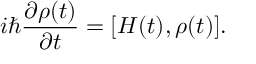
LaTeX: i { \hbar } \frac { \partial \rho ( t ) } { \partial t } = [ H ( t ) , \rho ( t ) ] .